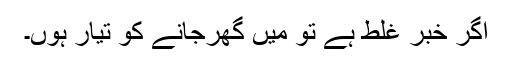
اگر خبر غلط ہے تو میں گھرجانے کو تیار ہوں۔